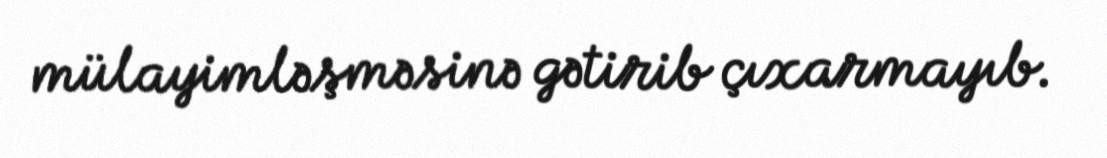
mülayimləşməsinə gətirib çıxarmayıb.